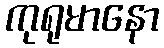
ကုရုမာနော